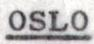
OSLO